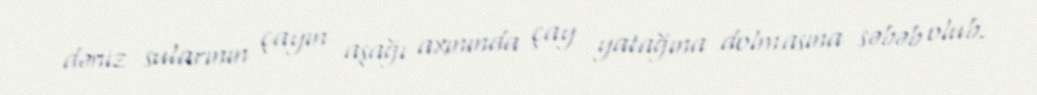
dəniz sularının çayın aşağı axınında çay yatağına dolmasına səbəb olub.